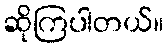
ဆိုကြပါတယ်။